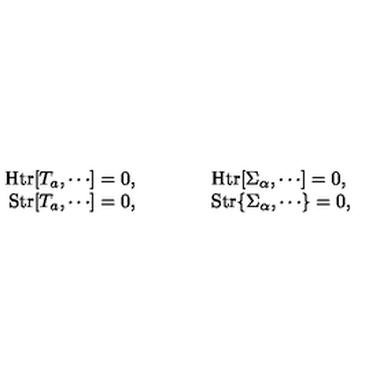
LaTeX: \begin{array} { r c l } { \mathrm { H t r } [ T _ { a } , \cdots ] = 0 , } & { { \qquad } } & { \mathrm { H t r } [ \Sigma _ { \alpha } , \cdots ] = 0 , } \\ { \mathrm { S t r } [ T _ { a } , \cdots ] = 0 , } & { { \qquad } } & { \mathrm { S t r } \{ \Sigma _ { \alpha } , \cdots \} = 0 , } \\ \end{array}